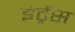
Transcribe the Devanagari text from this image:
इंट्रैंस